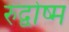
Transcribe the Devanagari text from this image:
रुद्वोष्म